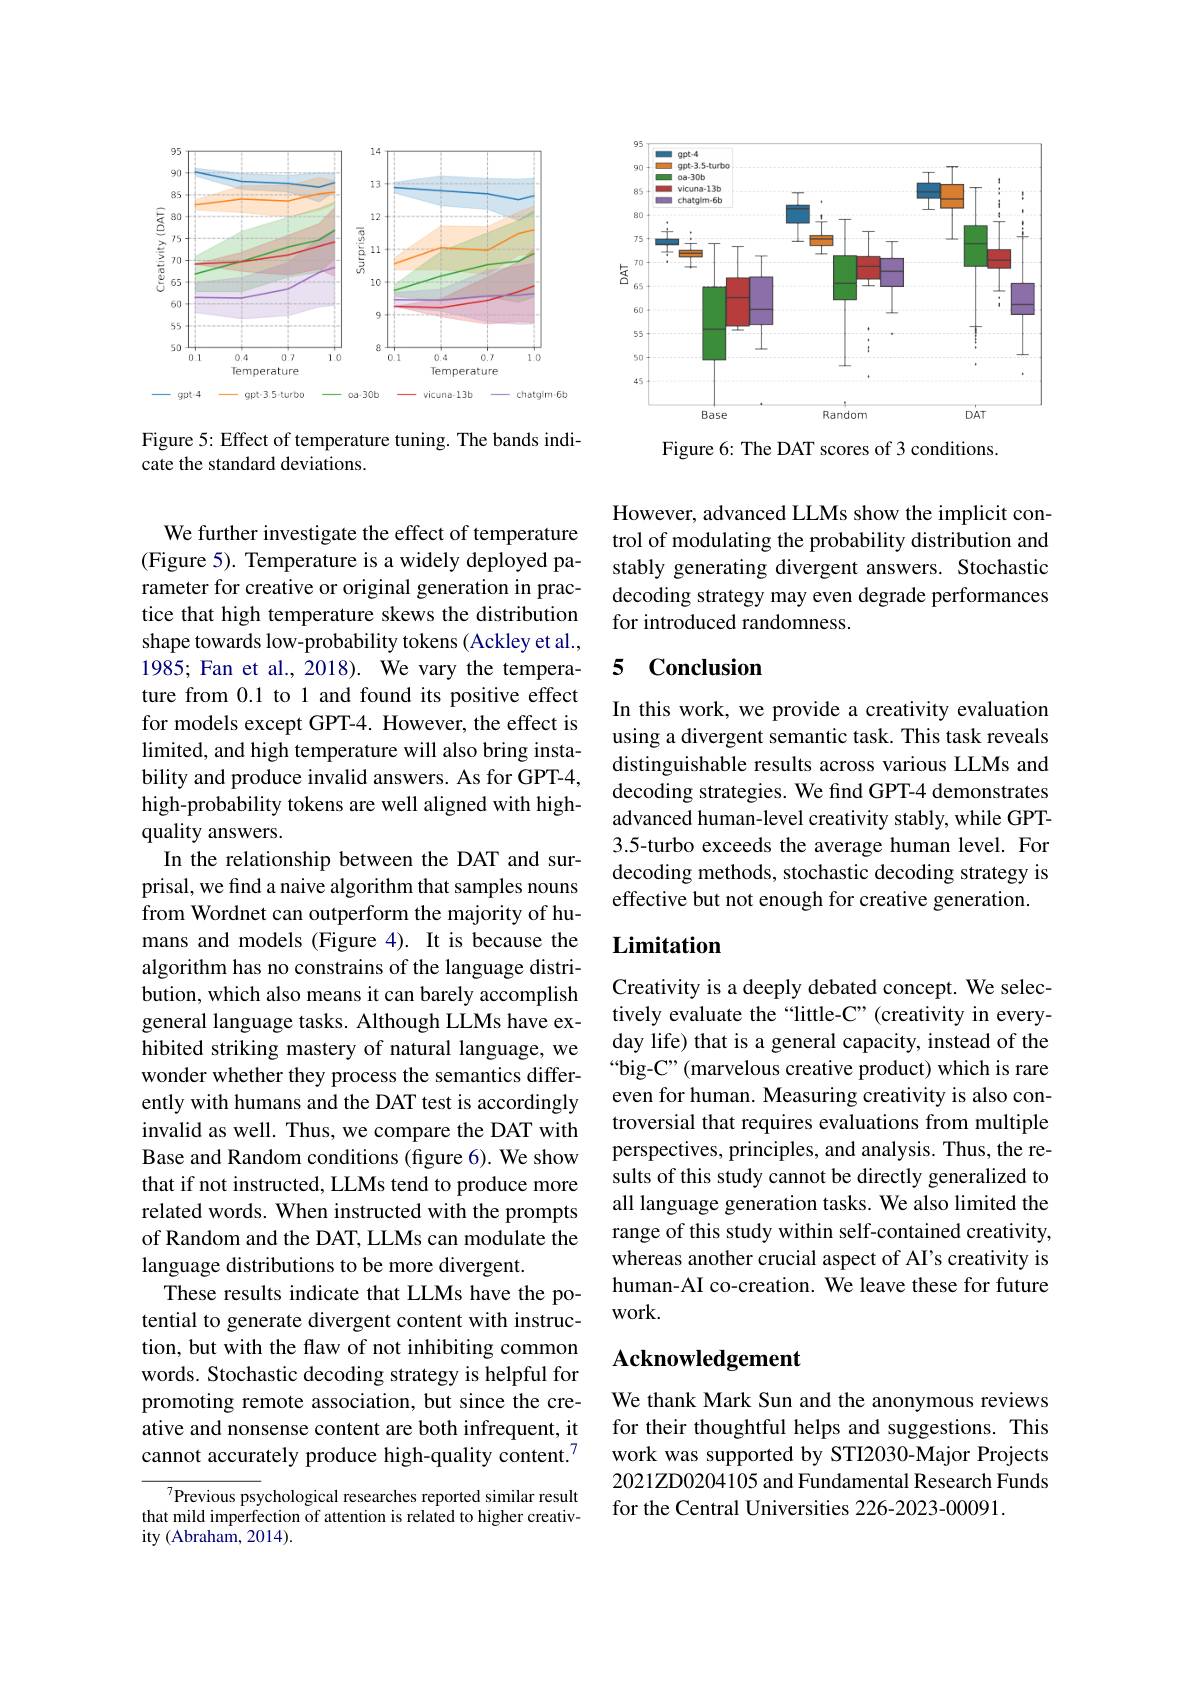
<FigureHere>

Figure 5: Effect of temperature tuning. The bands indi-
cate the standard deviations.

We further investigate the effect of temperature (Figure 5). Temperature is a widely deployed parameter for creative or original generation in practice that high temperature skews the distribution shape towards low-probability tokens (Ackley et al., 1985; Fan et al., 2018). We vary the temperature from 0.1 to 1 and found its positive effect for models except GPT-4. However, the effect is limited, and high temperature will also bring instability and produce invalid answers. As for GPT-4, high-probability tokens are well aligned with highquality answers.
In the relationship between the DAT and surprisal, we find a naive algorithm that samples nouns from Wordnet can outperform the majority of humans and models (Figure 4). It is because the algorithm has no constrains of the language distribution, which also means it can barely accomplish general language tasks. Although LLMs have exhibited striking mastery of natural language, we wonder whether they process the semantics differently with humans and the DAT test is accordingly invalid as well. Thus, we compare the DAT with Base and Random conditions (figure 6). We show that if not instructed, LLMs tend to produce more related words. When instructed with the prompts of Random and the DAT, LLMs can modulate the language distributions to be more divergent.
These results indicate that LLMs have the potential to generate divergent content with instruction, but with the flaw of not inhibiting common words. Stochastic decoding strategy is helpful for promoting remote association, but since the creative and nonsense content are both infrequent, it cannot accurately produce high-quality content.$^{7}$
${\overline{{^7}\text{Previous psy}}}$chological researches reported similar result

that mild imperfection of attention is related to higher creativ-
ity (Abraham, 2014).

<FigureHere>

Figure 6: The DAT scores of 3 conditions.

However, advanced LLMs show the implicit control of modulating the probability distribution and stably generating divergent answers. Stochastic decoding strategy may even degrade performances for introduced randomness.

### 5 Conclusion

In this work, we provide a creativity evaluation using a divergent semantic task. This task reveals distinguishable results across various LLMs and decoding strategies. We find GPT-4 demonstrates advanced human-level creativity stably, while GPT- 3.5-turbo exceeds the average human level. For decoding methods, stochastic decoding strategy is effective but not enough for creative generation.

## Limitation

Creativity is a deeply debated concept. We selectively evaluate the“little-C”(creativity in everyday life) that is a general capacity, instead of the “big-C”(marvelous creative product) which is rare even for human. Measuring creativity is also controversial that requires evaluations from multiple perspectives, principles, and analysis. Thus, the results of this study cannot be directly generalized to all language generation tasks. We also limited the range of this study within self-contained creativity, whereas another crucial aspect of AI's creativity is human-AI co-creation. We leave these for future work.

## Acknowledgement

We thank Mark Sun and the anonymous reviews for their thoughtful helps and suggestions. This work was supported by STI2030-Major Projects 2021ZD0204105 and Fundamental Research Funds for the Central Universities 226-2023-00091.